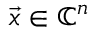
\vec { x } \in \mathbb { C } ^ { n }